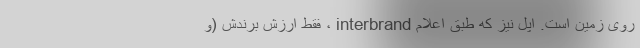
روی زمین است. اپل نیز که طبق اعلام interbrand ، فقط ارزش برندش (و